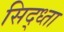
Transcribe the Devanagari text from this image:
सिद्ध्ता